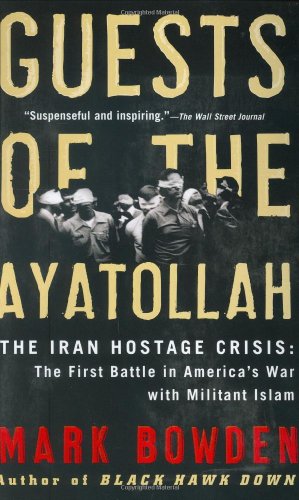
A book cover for Guests of the Ayatollah: The Iran Hostage Crisis: The First Battle in AmericaEEs War with Militant Islam; Mark Bowden; Law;